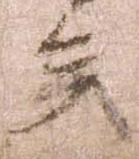
矣